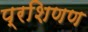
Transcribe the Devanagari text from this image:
प्रशिणण